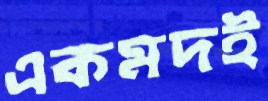
একমদই